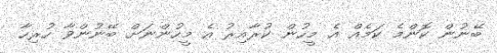
ބޭނުން ކޮންމެ ކަމެއް އެ މީހުން ކުރާއިރު އެ މީހުންނަށް ބޭނުންވާ ހުރިހާ